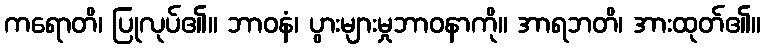
ကရောတိ၊ ပြုလုပ်၏။ ဘာဝနံ၊ ပွားများမှုဘာဝနာကို။ အာရဘတိ၊ အားထုတ်၏။